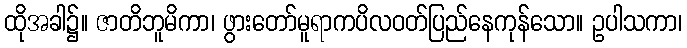
ထိုအခါ၌။ ဇာတိဘူမိကာ၊ ဖွားတော်မူရာကပိလဝတ်ပြည်နေကုန်သော။ ဥပါသကာ၊